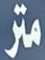
متر